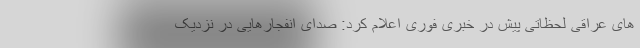
های عراقی لحظاتی پیش در خبری فوری اعلام کرد: صدای انفجارهایی در نزدیک